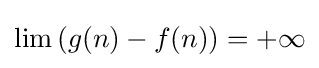
\lim \left(g(n)-f(n)\right)=+\infty